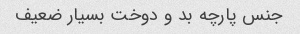
جنس پارچه بد و دوخت بسیار ضعیف